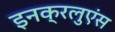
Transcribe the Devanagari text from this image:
इनक्रलुएंस